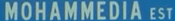
MOHAMMEDIA EST